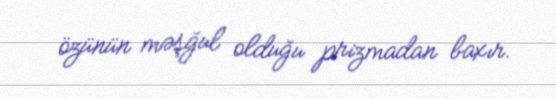
özünün məşğul olduğu prizmadan baxır.